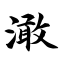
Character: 澉